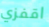
اقفزي